Vaccination report Assam 1896-1927 - 1896-1927
Year: 1896
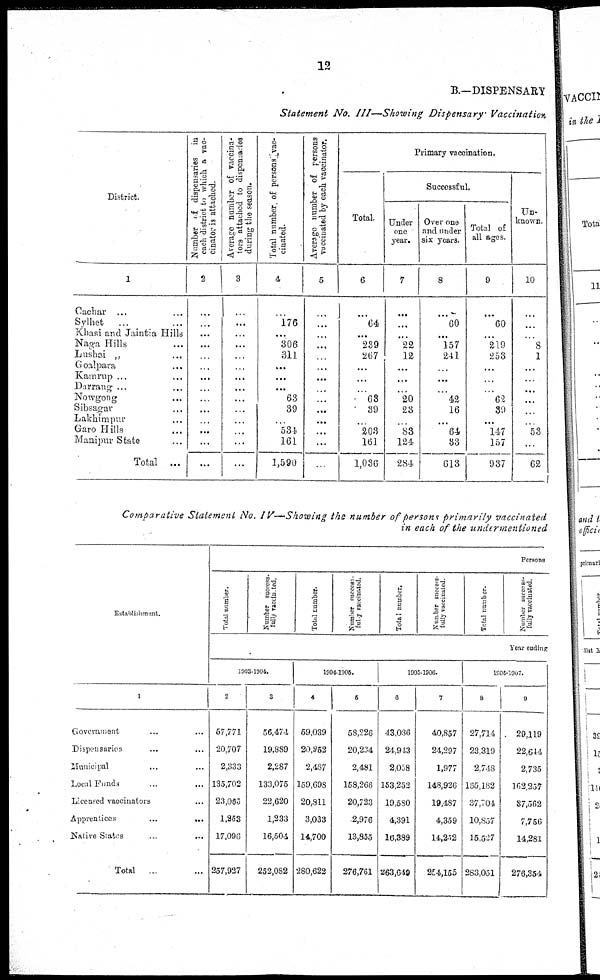
12
B.—DISPENSARY
Statement No. III—Showing Dispensary Vaccination
District.
1
Cachar ... ...
Sylhet
... ...
Khasi and Jaintia Hills
Naga Hills ...
Lushai „ ...
Goalpara ...
Kamrup ... ...
Darrang ... ...
Nowgong ... ...
Sibsagar ...
Lakhimpur ...
Garo Hills ...
Manipur State ...
Total
...
Number of dispensaries in
each district to which a vac-
cinator is attached.
2
...
...
...
...
...
...
...
...
...
...
...
...
...
...
Average number of vaccina-
tors attached to dispensaries
during the season.
3
...
...
...
...
...
...
...
...
...
...
...
...
...
...
Total number of persons vac¬
cinated.
4
...
176
...
306
311
...
...
...
63
39
...
534
161
1,590
Average number of persons
vaccinated by each vaccinator.
5
...
...
...
...
...
...
...
...
...
...
...
...
...
...
Primary vaccination.
Total.
6
...
64
...
239
267
...
...
...
63
39
...
203
161
1,036
Successful.
Under
one
year.
7
...
...
...
22
12
...
...
...
20
23
...
83
124
284
Over one
and under
six years.
8
...
60
...
157
241
...
...
...
42
16
...
64
33
613
Total of
all ages.
9
...
60
...
219
253
...
...
...
62
39
...
147
157
937
Un-
known.
10
...
...
...
8
1
...
...
...
...
...
...
53
...
62
Comparative Statement No. IV—Showing the number of persons primarily vaccinated
in each of the undermentioned
Establishment.
1
Government ... ...
Dispensaries ... ...
Muncipal ... ...
Local Funds ... ...
Licensed vaccinators ...
Apprentices
...
...
Native States ... ...
Total
... ...
Persons
Total number.
Number success.
fully vaccinated.
Total number.
Number success¬
fully vaccinated.
Total number.
Number success
fully vaccinated.
Total number.
Number success¬
fully vaccinated.
Year ending
1903-1904.
2
57,771
20,707
2,333
135,702
23,065
1,253
17,096
257,927
3
56,474
19,889
2,287
133,075
22,620
1,233
16,504
252,082
1904-1905.
4
59,039
20,952
2,487
159,698
20,811
3,033
14,700
280,622
5
58,226
20,234
2,481
158,266
20,723
2,976
13,855
276,761
1905-1906.
6
43,036
24,943
2,058
153,252
19,580
4,391
16,389
263,649
7
40,857
24,297
1,977
148,926
19,487
4,359
14,252
254,155
1906-1907.
8
27,714
23,319
2,748
165,182
37,704
10,837
15,527
283,051
9
29,119
22,644
2,735
162,257
37,562
7,756
14,281
276,354